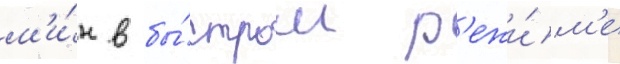
м'и́н в бы́стром р'ежи́м'е